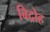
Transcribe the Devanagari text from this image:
बिद्रोह